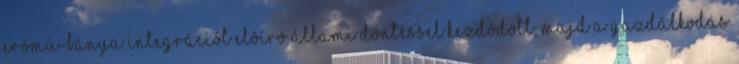
erômû-bánya integrációt elôíró állami döntéssel kezdôdött, majd a gazdálkodás